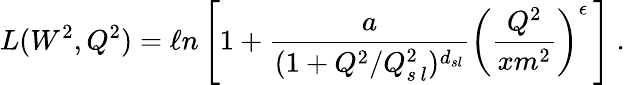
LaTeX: L(W^{2},Q^{2})=\ell n\left[1+\frac{a}{(1+Q^{2}/Q_{s\, l}^{2})^{d_{sl}}}\left(\frac{Q^{2}}{xm^{2}}\right)^{\epsilon}\, \right]\ .